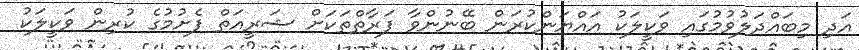
އަދި މިބައްދަލުވުމުގައި ވަކީލަކު އައްޔަންކުރަން ބޭނުންވާ ފަރާތްތަކަށް ޝަރީއަތް ފެށުމުގެ ކުރިން ވަކީލަކު